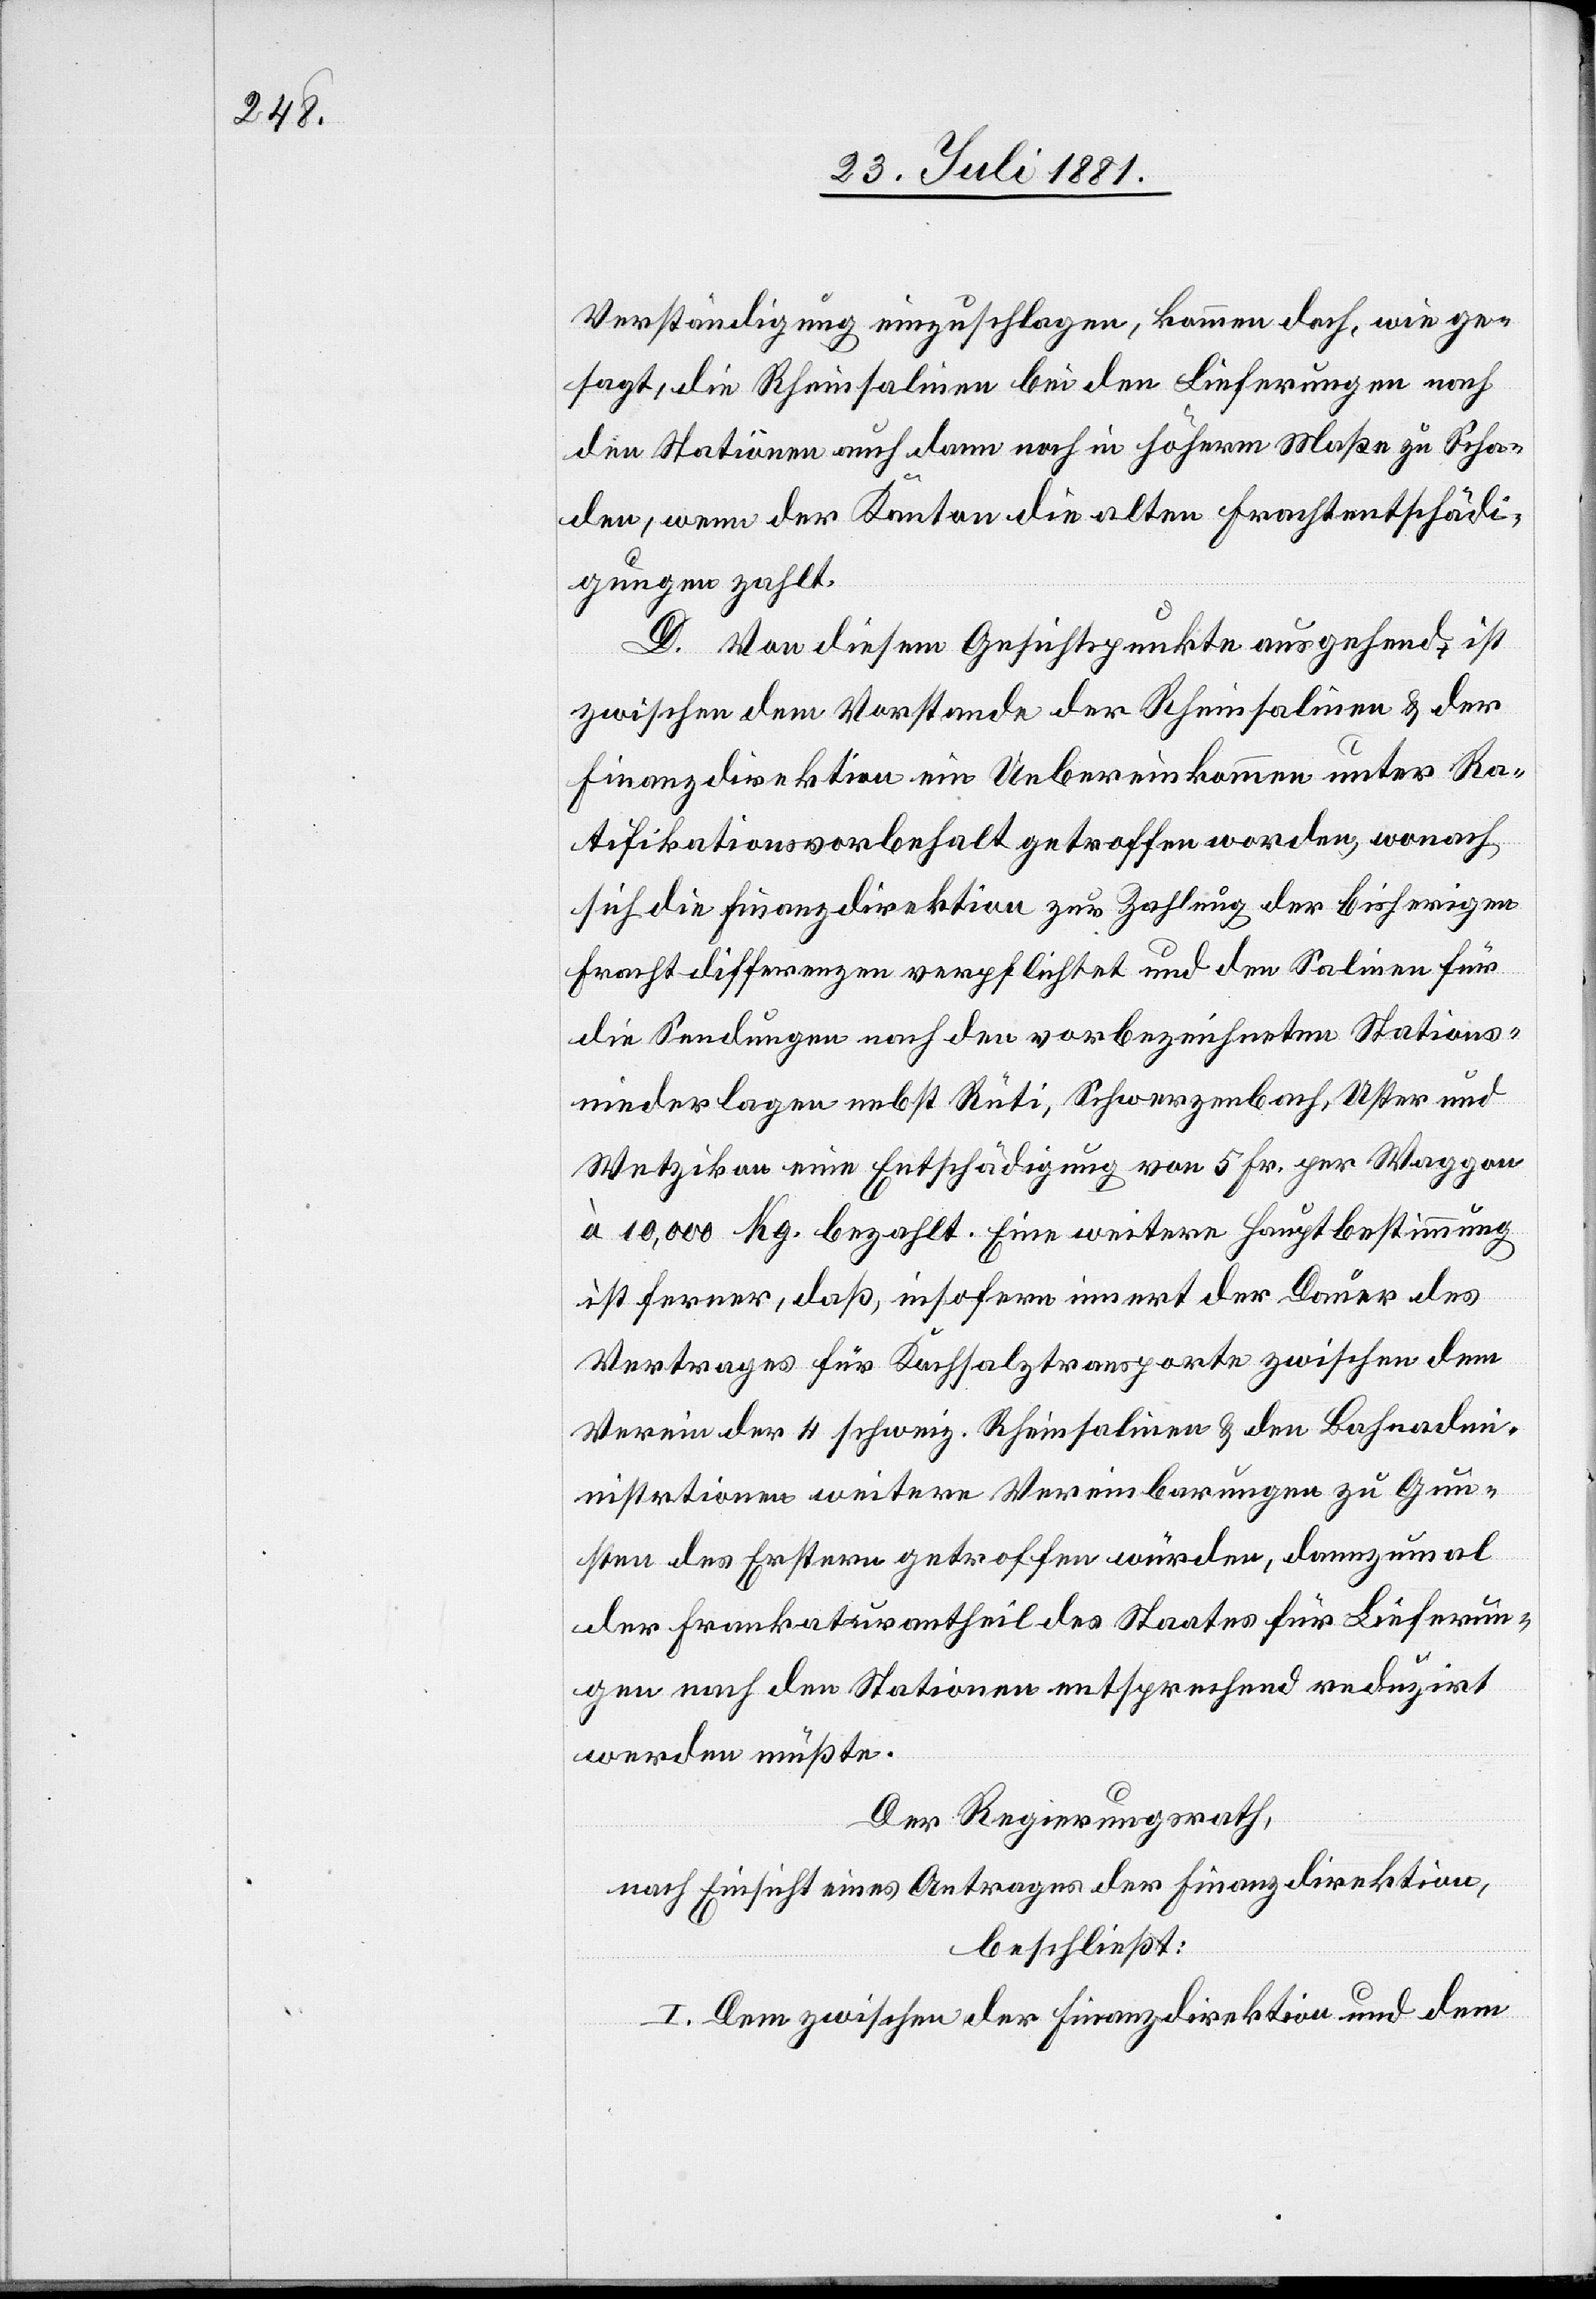
Verständigung einzuschlagen, kommen doch, wie ge¬
sagt, die Rheinsalinen bei den Lieferungen nach
den Stationen auch dann noch in höherm Maße zu Scha¬
den, wenn der Kanton die alten Frachtentschädi¬
gungen zahlt.
D. Von diesem Gesichtspunkte ausgehend, ist
zwischen dem Vorstande der Rheinsalinen & der
Finanzdirektion ein Uebereinkommen unter Ra¬
tifikationsvorbehalt getroffen worden, wonach
sich die Finanzdirektion zur Zahlung der bisherigen
Frachtdifferenzen verpflichtet und den Salinen für
die Sendungen nach den vorbezeichneten Stations¬
niederlagen nebst Rüti, Schwerzenbach, Uster und
Wetzikon eine Entschädigung von 5 Fr. per Waggon
à 10,000 Kg. bezahlt. Eine weitere Hauptbestimmung
ist ferner, daß, insofern innert der Dauer des
Vertrages für Kochsalztransporte zwischen dem
Verein der 4 schweiz. Rheinsalinen & den Bahnadm¬
inistrationen weitere Vereinbarungen zu Gun¬
sten des Erstern getroffen würden, dannzumal
der Frankaturantheil des Staates für Lieferun¬
gen nach den Stationen entsprechend reduzirt
werden müßte.
Der Regierungsrath,
nach Einsicht eines Antrages der Finanzdirektion,
beschließt:
I. Dem zwischen der Finanzdirektion und dem